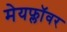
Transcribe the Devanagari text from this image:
मेयफ्लाॅवर